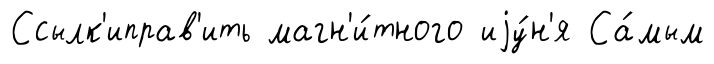
Ссылк'иправ'ить магн'и́тного иjу́н'я Са́мым